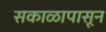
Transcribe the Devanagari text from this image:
सकाळापासून